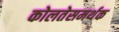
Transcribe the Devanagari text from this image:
कोलतेसमर्थक